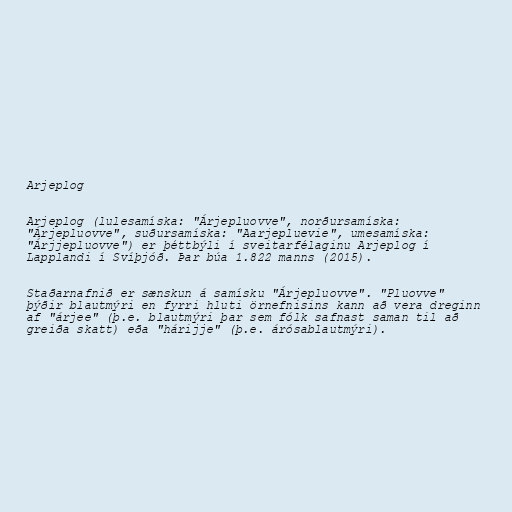
Arjeplog

Arjeplog (lulesamíska: "Árjepluovve", norðursamíska:
"Árjepluovve", suðursamíska: "Aarjepluevie", umesamíska:
"Árjjepluovve") er þéttbýli í sveitarfélaginu Arjeplog í
Lapplandi í Svíþjóð. Þar búa 1.822 manns (2015).

Staðarnafnið er sænskun á samísku "Árjepluovve". "Pluovve"
þýðir blautmýri en fyrri hluti örnefnisins kann að vera dreginn
af "árjee" (þ.e. blautmýri þar sem fólk safnast saman til að
greiða skatt) eða "hárijje" (þ.e. árósablautmýri).